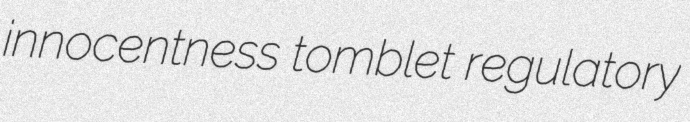
innocentness tomblet regulatory